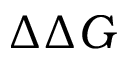
\Delta \Delta G